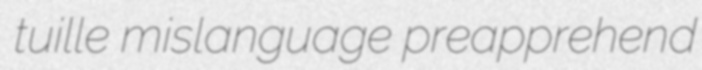
tuille mislanguage preapprehend